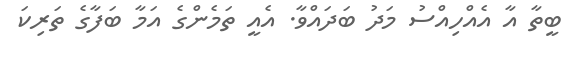
ބީތާ އާ އެއްހިއްސު މަދު ބަދައްވާ. އެެއީ ތަމެންގެ އަމާ ބަފާގެ ތަރިކަ